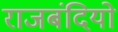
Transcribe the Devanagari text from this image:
राजबंदियो